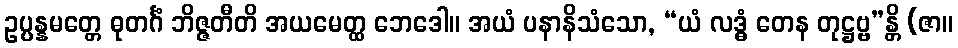
ဥပ္ပန္နမတ္တေ ဓုတင်္ဂံ ဘိဇ္ဇတီတိ အယမေတ္ထ ဘေဒေါ။ အယံ ပနာနိသံသော, “ယံ လဒ္ဓံ တေန တုဋ္ဌဗ္ဗ”န္တိ (ဇာ။